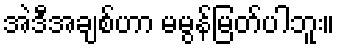
အဲဒီအချစ်ဟာ မမွန်မြတ်ပါဘူး။